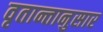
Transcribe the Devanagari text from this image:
वृतान्तानुसार